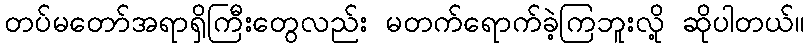
တပ်မတော်အရာရှိကြီးတွေလည်း မတက်ရောက်ခဲ့ကြဘူးလို့ ဆိုပါတယ်။